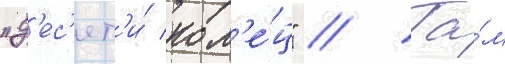
"д'ес'ят'и́ кол'е́ц" // Та́м